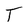
Character: T